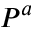
P ^ { a }